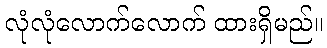
လုံလုံလောက်လောက် ထားရှိမည်။